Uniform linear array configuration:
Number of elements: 4
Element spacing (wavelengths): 0.75
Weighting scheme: blackman
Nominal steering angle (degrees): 60
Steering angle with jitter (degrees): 58.106
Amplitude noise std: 0.05
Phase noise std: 0.05

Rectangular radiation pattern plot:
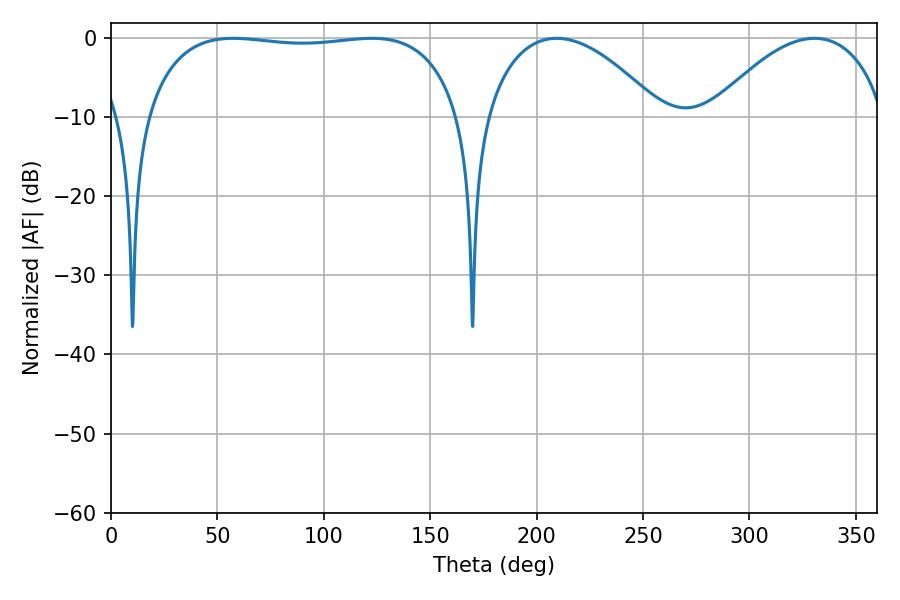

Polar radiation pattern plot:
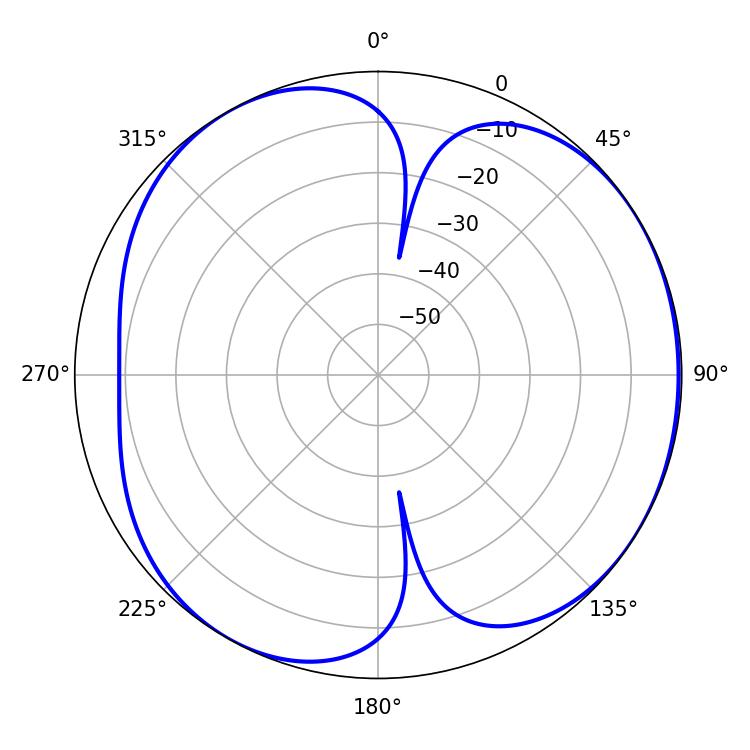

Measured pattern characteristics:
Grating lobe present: TRUE
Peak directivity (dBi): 4.871
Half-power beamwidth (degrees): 118.8
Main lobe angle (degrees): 57.42